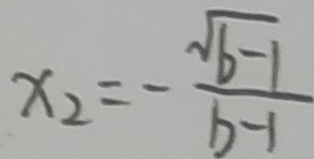
x _ { 2 } = - \frac { \sqrt { b - 1 } } { b - 1 }